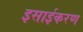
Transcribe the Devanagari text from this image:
इसाईकरण